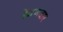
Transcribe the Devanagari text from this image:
रेवणवार